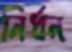
নির্ধন